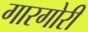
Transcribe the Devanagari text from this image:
गारगोरी